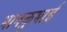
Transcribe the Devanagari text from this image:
भावकुभाई